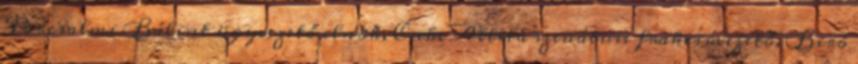
Porcsalmi Bálint ügyvezető elnök, Cseke Attila szenátusi frakcióvezető, Biró